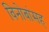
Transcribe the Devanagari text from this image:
विनोबांसह